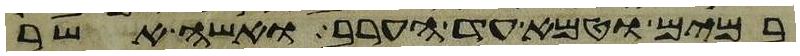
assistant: במים וטמא עד הערב ואשה אשר